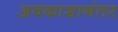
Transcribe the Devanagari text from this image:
अवकाशानंतर